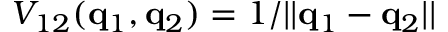
V _ { 1 2 } ( \ensuremath { \mathbf { q } } _ { 1 } , \ensuremath { \mathbf { q } } _ { 2 } ) = 1 / | | \ensuremath { \mathbf { q } } _ { 1 } - \ensuremath { \mathbf { q } } _ { 2 } | |